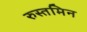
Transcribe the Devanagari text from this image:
रुस्तमिन